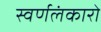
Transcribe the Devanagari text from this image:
स्वर्णलंकारो